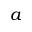
a